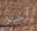
آخر